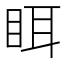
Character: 眲